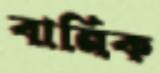
বানিক